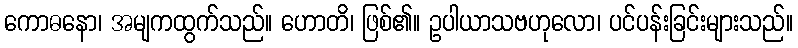
ကောဓနော၊ အမျကထွက်သည်။ ဟောတိ၊ ဖြစ်၏။ ဥပါယာသဗဟုလော၊ ပင်ပန်းခြင်းများသည်။